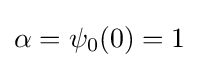
\alpha =\psi _{0}(0)=1